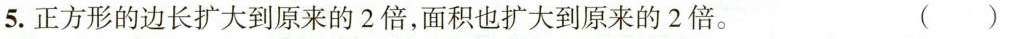
5. 正方形的边长扩大到原来的 2 倍，面积也扩大到原来的 2 倍。( )